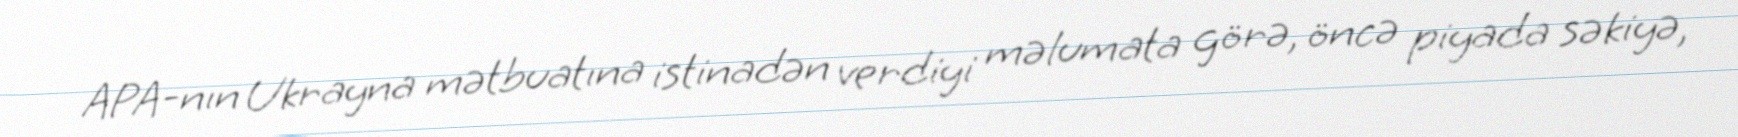
APA-nın Ukrayna mətbuatına istinadən verdiyi məlumata görə, öncə piyada səkiyə,